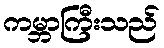
ကမ္ဘာကြီးသည်